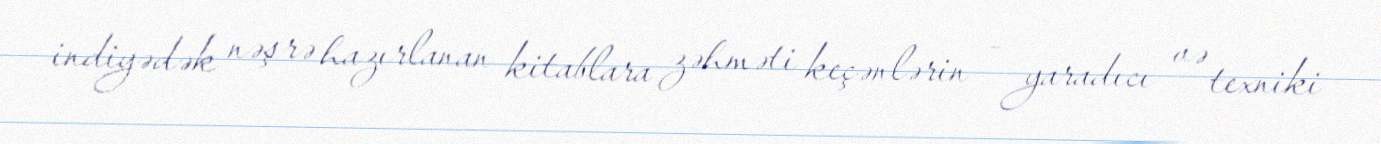
indiyədək nəşrə hazırlanan kitablara zəhməti keçənlərin - yaradıcı və texniki